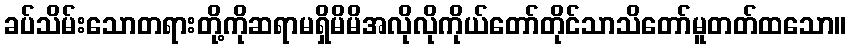
ခပ်သိမ်းသောတရားတို့ကိုဆရာမရှိမိမိအလိုလိုကိုယ်တော်တိုင်သာသိတော်မူတတ်ထသော။